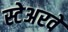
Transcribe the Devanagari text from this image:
स्टेअरवे